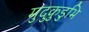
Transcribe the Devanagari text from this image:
मुदुकुडुभि